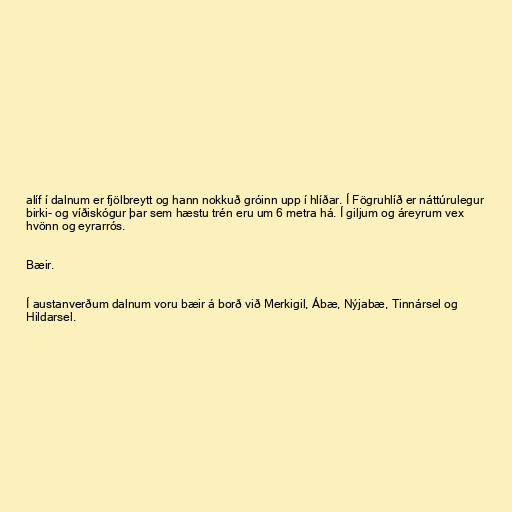
alíf í dalnum er fjölbreytt og hann nokkuð gróinn upp í hlíðar. Í Fögruhlíð er náttúrulegur
birki- og víðiskógur þar sem hæstu trén eru um 6 metra há. Í giljum og áreyrum vex
hvönn og eyrarrós.

Bæir.

Í austanverðum dalnum voru bæir á borð við Merkigil, Ábæ, Nýjabæ, Tinnársel og
Hildarsel.